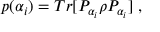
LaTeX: p ( \alpha _ { i } ) = T r [ P _ { \alpha _ { i } } \rho P _ { \alpha _ { i } } ] \; ,